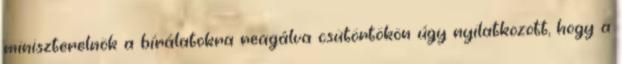
miniszterelnök a bírálatokra reagálva csütörtökön úgy nyilatkozott, hogy a